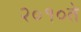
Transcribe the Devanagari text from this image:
२०१०ते